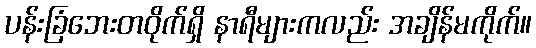
ပန်းခြံဘေးတဝိုက်ရှိ နာရီများကလည်း အချိန်မကိုက်။